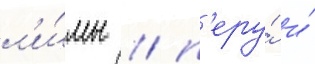
л'и́мы / п'еру́ и́